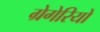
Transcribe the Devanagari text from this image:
ग्रेगेरियो